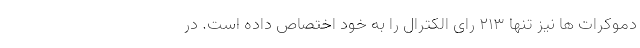
دموکرات ها نیز تنها ۲۱۳ رای الکترال را به خود اختصاص داده است. در